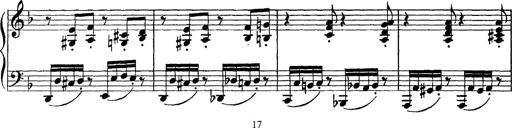
Title: Scherzo und Marsch
Composer: Franz Liszt